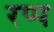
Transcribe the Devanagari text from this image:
रप्प